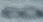
B